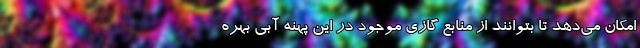
امکان می‌دهد تا بتوانند از منابع گازی موجود در این پهنه آبی بهره‌